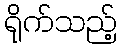
ရိုက်သည့်